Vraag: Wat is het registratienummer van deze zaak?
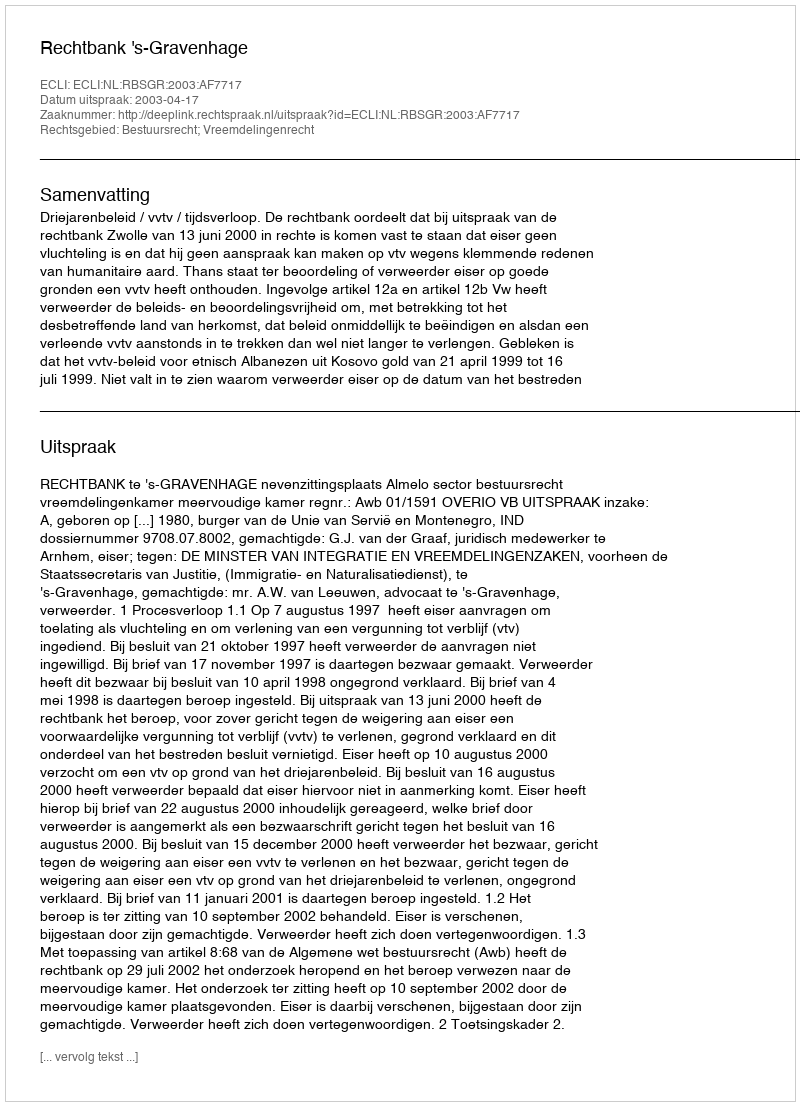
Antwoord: http://deeplink.rechtspraak.nl/uitspraak?id=ECLI:NL:RBSGR:2003:AF7717